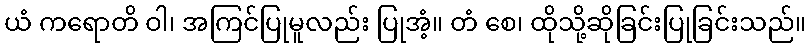
ယံ ကရောတိ ဝါ၊ အကြင်ပြုမူလည်း ပြုအံ့။ တံ စေ၊ ထိုသို့ဆိုခြင်းပြုခြင်းသည်။